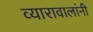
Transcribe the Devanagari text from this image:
व्यारावालांनी